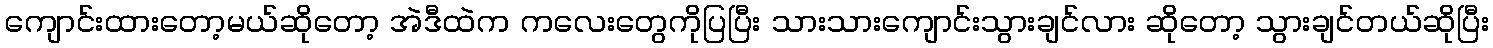
ကျောင်းထားတော့မယ်ဆိုတော့ အဲဒီထဲက ကလေးတွေကိုပြပြီး သားသားကျောင်းသွားချင်လား ဆိုတော့ သွားချင်တယ်ဆိုပြီး